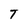
Character: T